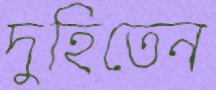
দুহিতেন